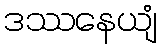
ဒဿနေယျံ